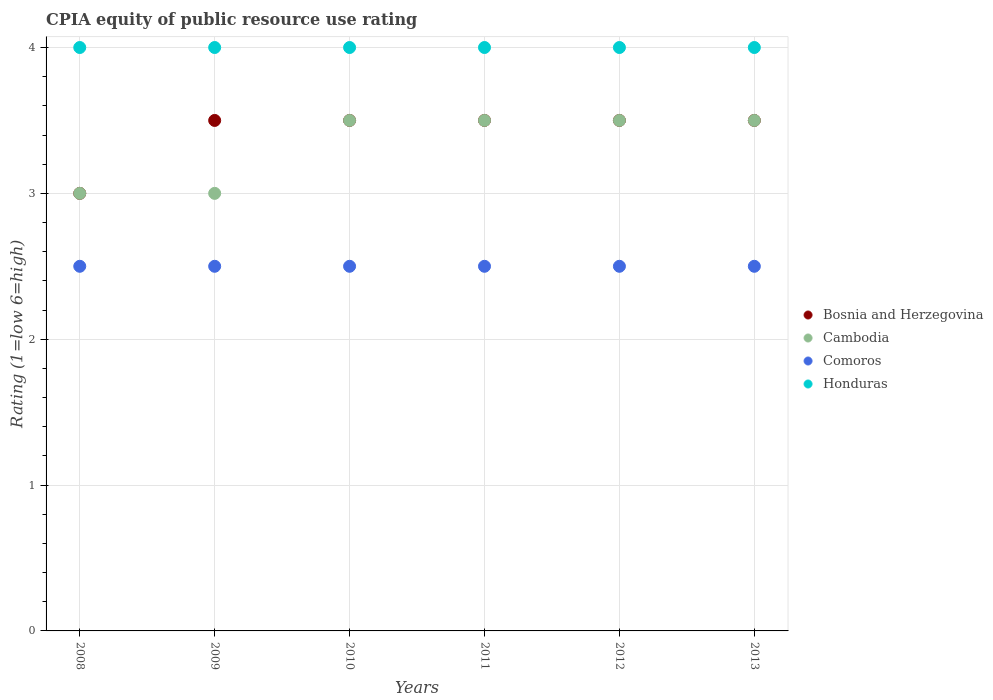
| Years | Bosnia and Herzegovina | Cambodia | Comoros | Honduras |
 | --- | --- | --- | --- | --- |
 | 2008 | 3 | 3 | 2.5 | 4 |
 | 2009 | 3.5 | 3 | 2.5 | 4 |
 | 2010 | 3.5 | 3.5 | 2.5 | 4 |
 | 2011 | 3.5 | 3.5 | 2.5 | 4 |
 | 2012 | 3.5 | 3.5 | 2.5 | 4 |
 | 2013 | 3.5 | 3.5 | 2.5 | 4 |